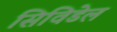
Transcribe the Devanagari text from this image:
सिविडेल